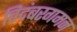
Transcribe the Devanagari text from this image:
चिदंबरगमन